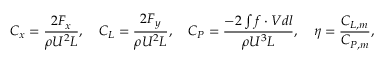
C _ { x } = \frac { 2 F _ { x } } { \rho U ^ { 2 } L } , \quad C _ { L } = \frac { 2 F _ { y } } { \rho U ^ { 2 } L } , \quad C _ { P } = \frac { - 2 \int \boldsymbol { f } \cdot \boldsymbol { V } d l } { \rho U ^ { 3 } L } , \quad \eta = \frac { C _ { L , m } } { C _ { P , m } } ,